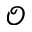
\mathcal { O }